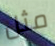
مثل